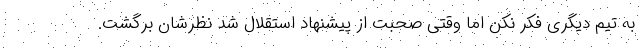
به تیم دیگری فکر نکن اما وقتی صحبت از پیشنهاد استقلال شد نظرشان برگشت.